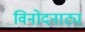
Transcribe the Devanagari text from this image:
विनोदनाट्य